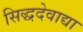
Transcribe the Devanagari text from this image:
सिद्धदेवाद्या